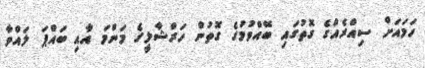
ހަމައަށް ސިއްރެއްގެ ގޮތުގައި ބޭއްވުމުގެ ގޮތުން ހަރްޝާލީގެ މަންމަ އާއި ބައްޕަ ލައްވާ